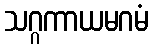
သဂ္ဂကာယမဂမံ